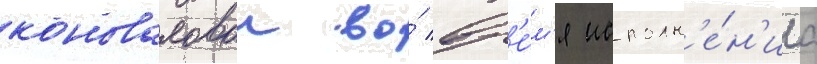
коноваловои во́ вр'е́м'я исполн'е́н'иа